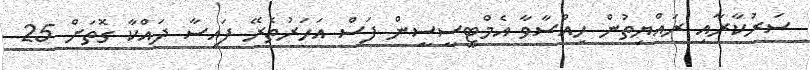
ސަރުކާރާއި ރައްޔިތުން ހިއްސާވާ އެމްޓީސީސީން ފަސް އަހަރުތެރޭ ފައިސާ ދައްކާ ގޮތަށް 25